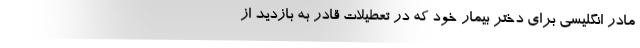
مادر انگلیسی برای دختر بیمار خود که در تعطیلات قادر به بازدید از